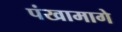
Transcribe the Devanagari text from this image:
पंखामागे